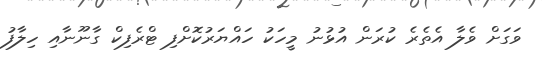
ވަގަށް ވެލާ އެތެރެ ކުރަން އުޅުނު މީހަކު ހައްޔަރުކޮށްފި ޓްރެފިކް ގާނޫނާއި ހިލާފު